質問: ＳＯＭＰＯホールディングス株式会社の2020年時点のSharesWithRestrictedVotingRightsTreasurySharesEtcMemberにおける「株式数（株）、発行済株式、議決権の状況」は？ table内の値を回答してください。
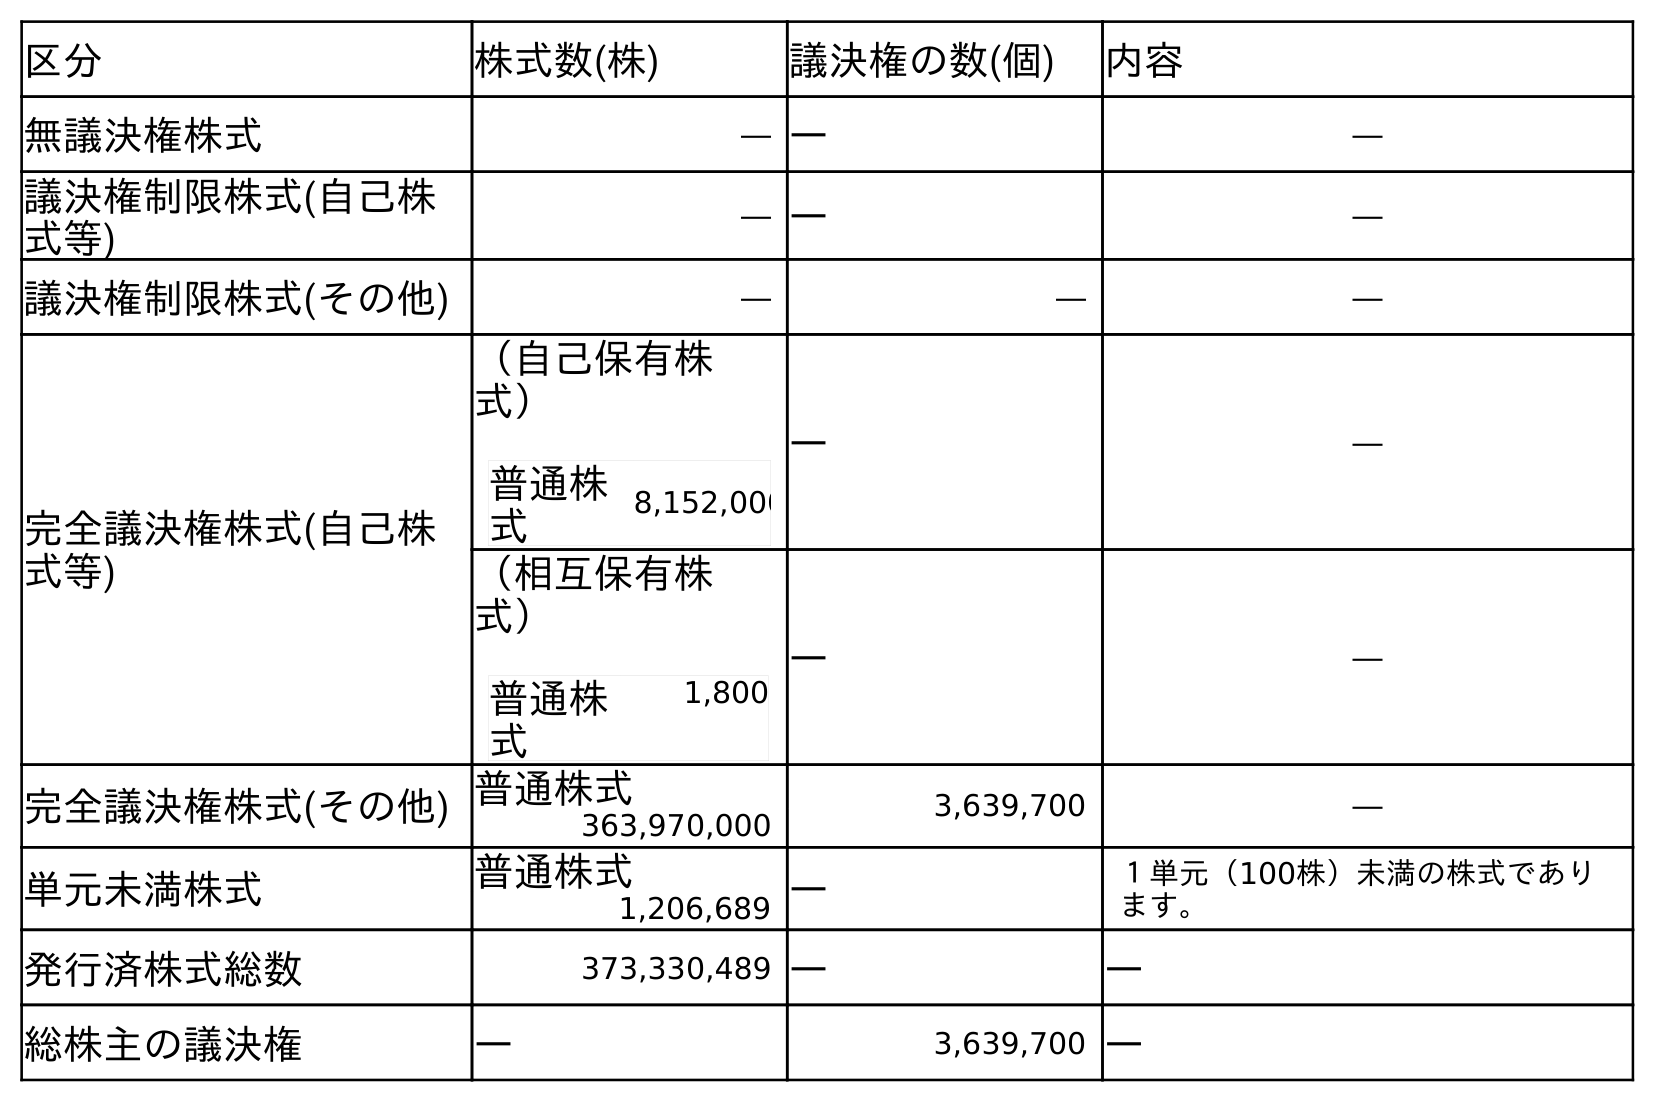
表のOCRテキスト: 区分 株式数(株) 議決権の数(個) 内容 無議決権株式 ― ― ― 議決権制限株式(自己株 式等) ― ― ― 議決権制限株式(その他) ― ― ― 完全議決権株式(自己株 式等) （自己保有株 式） 普通株 式 8,152,000 ― ― （相互保有株 式） 普通株 式 1,800 ― ― 完全議決権株式(その他) 普通株式 3,639,700 ― 363,970,000 単元未満株式 普通株式 ― １単元（100株）未満の株式であり ます。 1,206,689 発行済株式総数 373,330,489 ― ― 総株主の議決権 ― 3,639,700 ―
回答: ―